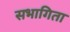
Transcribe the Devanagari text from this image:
सभागिता